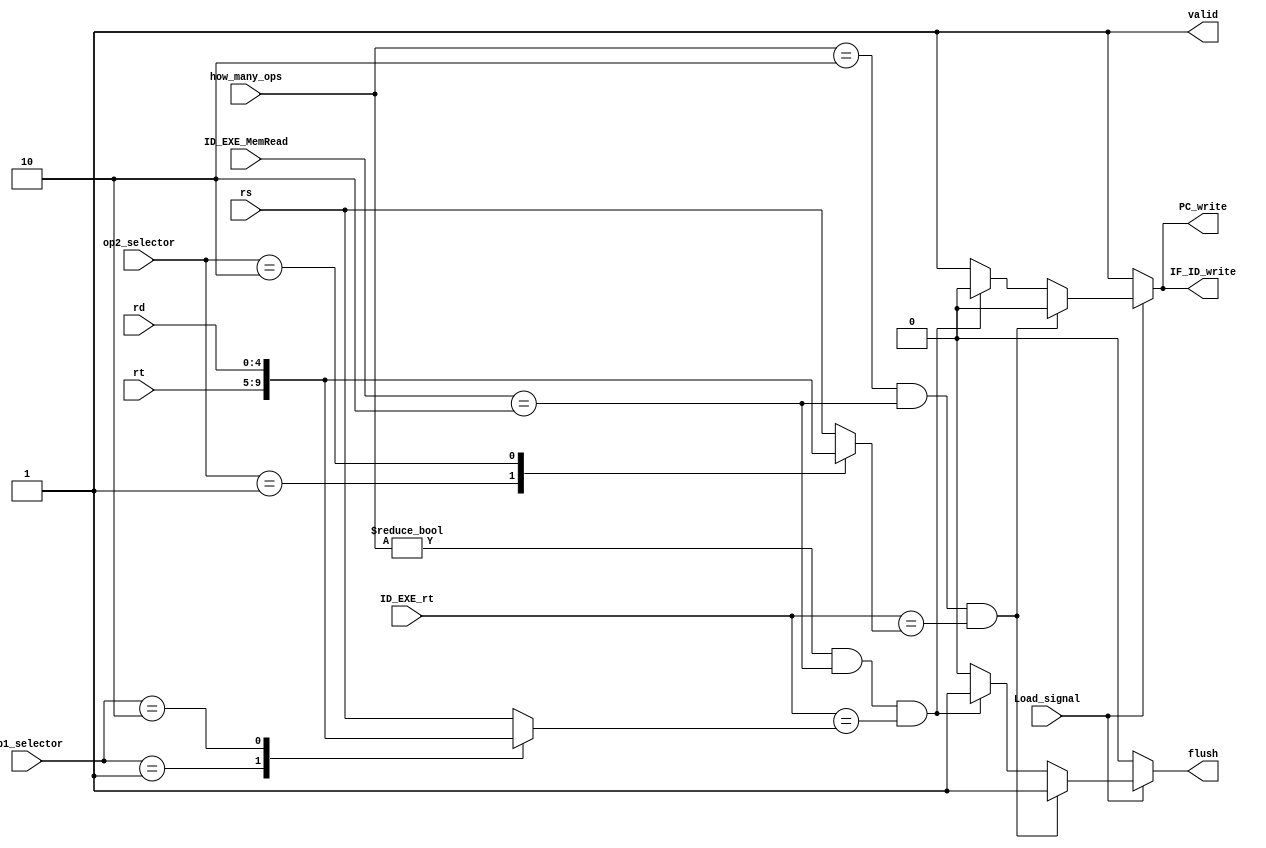
module hazard_detection_unit(Load_signal,rs,rt,rd,how_many_ops,ID_EXE_rt,ID_EXE_MemRead,op1_selector,op2_selector,PC_write,IF_ID_write,flush,valid);
input Load_signal;
input [1:0] op1_selector,op2_selector,how_many_ops,ID_EXE_MemRead;
input [4:0] rs,rt,rd,ID_EXE_rt;
output reg PC_write, IF_ID_write, flush,valid;
reg [4:0] OP1,OP2;
always @* begin
valid = 1'b1;
PC_write = 1'b1;
IF_ID_write = 1'b1;
flush = 1'b0;
case(op1_selector)
2'b00: OP1 = rs;
2'b01: OP1 = rt;
2'b10: OP1 = rd;
endcase
case(op2_selector)
2'b00: OP2 = rs;
2'b01: OP2 = rt;
2'b10: OP2 = rd;
endcase
if(Load_signal == 1'b1) begin
if (how_many_ops != 2'b00 && ID_EXE_MemRead == 2'b10 && ID_EXE_rt == OP1)begin
PC_write = 1'b0;
IF_ID_write = 1'b0;
flush = 1'b1;
end
if (how_many_ops == 2'b10 && ID_EXE_MemRead == 2'b10 && ID_EXE_rt == OP2)begin
PC_write = 1'b0;
IF_ID_write = 1'b0;
flush = 1'b1;
end
end
end
endmodule